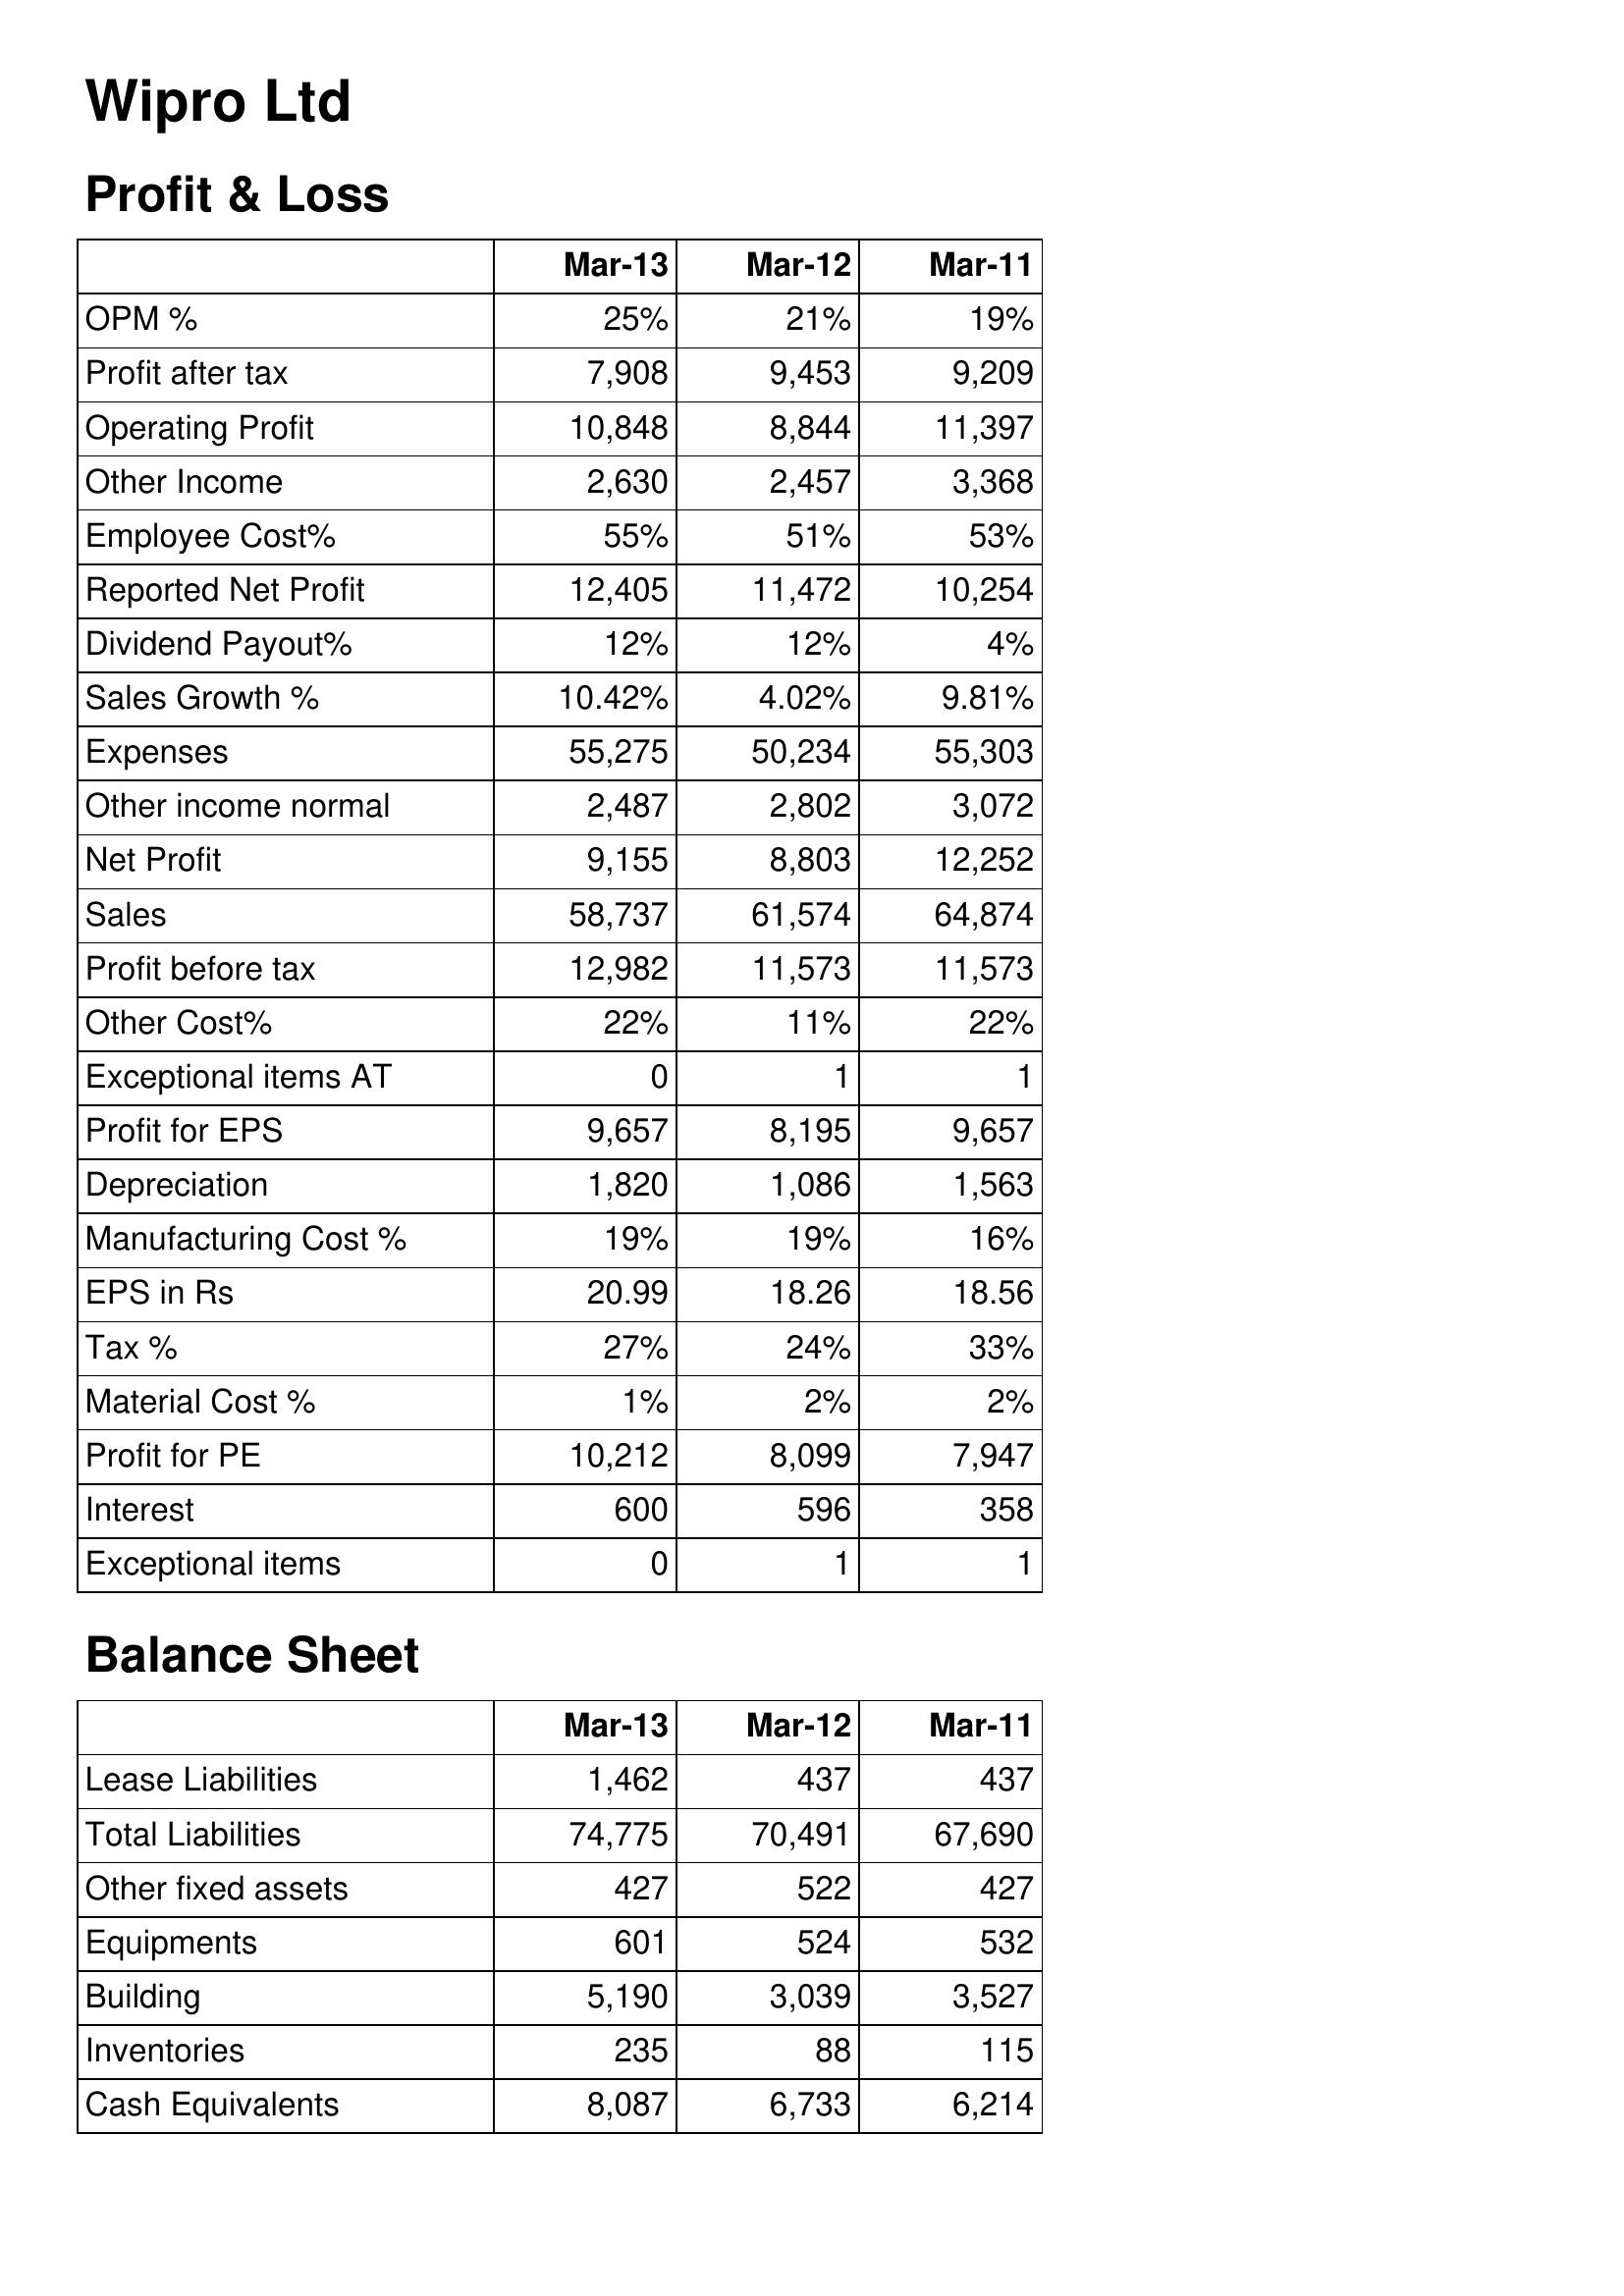
Mar-13: Profit & Loss: OPM %: 25%
Profit after tax: 7,908
Operating Profit: 10,848
Other Income: 2,630
Employee Cost%: 55%
Reported Net Profit: 12,405
Dividend Payout%: 12%
Sales Growth %: 10.42%
Expenses: 55,275
Other income normal: 2,487
Net Profit: 9,155
Sales: 58,737
Profit before tax: 12,982
Other Cost%: 22%
Exceptional items AT: 0
Profit for EPS: 9,657
Depreciation: 1,820
Manufacturing Cost %: 19%
EPS in Rs: 20.99
Tax %: 27%
Material Cost %: 1%
Profit for PE: 10,212
Interest: 600
Exceptional items: 0
Balance Sheet: Lease Liabilities: 1,462
Total Liabilities: 74,775
Other fixed assets: 427
Equipments: 601
Building: 5,190
Inventories: 235
Cash Equivalents: 8,087
Mar-12: Profit & Loss: OPM %: 21%
Profit after tax: 9,453
Operating Profit: 8,844
Other Income: 2,457
Employee Cost%: 51%
Reported Net Profit: 11,472
Dividend Payout%: 12%
Sales Growth %: 4.02%
Expenses: 50,234
Other income normal: 2,802
Net Profit: 8,803
Sales: 61,574
Profit before tax: 11,573
Other Cost%: 11%
Exceptional items AT: 1
Profit for EPS: 8,195
Depreciation: 1,086
Manufacturing Cost %: 19%
EPS in Rs: 18.26
Tax %: 24%
Material Cost %: 2%
Profit for PE: 8,099
Interest: 596
Exceptional items: 1
Balance Sheet: Lease Liabilities: 437
Total Liabilities: 70,491
Other fixed assets: 522
Equipments: 524
Building: 3,039
Inventories: 88
Cash Equivalents: 6,733
Mar-11: Profit & Loss: OPM %: 19%
Profit after tax: 9,209
Operating Profit: 11,397
Other Income: 3,368
Employee Cost%: 53%
Reported Net Profit: 10,254
Dividend Payout%: 4%
Sales Growth %: 9.81%
Expenses: 55,303
Other income normal: 3,072
Net Profit: 12,252
Sales: 64,874
Profit before tax: 11,573
Other Cost%: 22%
Exceptional items AT: 1
Profit for EPS: 9,657
Depreciation: 1,563
Manufacturing Cost %: 16%
EPS in Rs: 18.56
Tax %: 33%
Material Cost %: 2%
Profit for PE: 7,947
Interest: 358
Exceptional items: 1
Balance Sheet: Lease Liabilities: 437
Total Liabilities: 67,690
Other fixed assets: 427
Equipments: 532
Building: 3,527
Inventories: 115
Cash Equivalents: 6,214